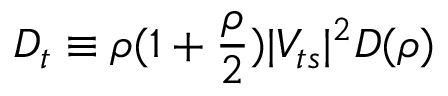
D _ { t } \equiv \rho ( 1 + { \frac { \rho } { 2 } } ) \vert V _ { t s } \vert ^ { 2 } D ( \rho )